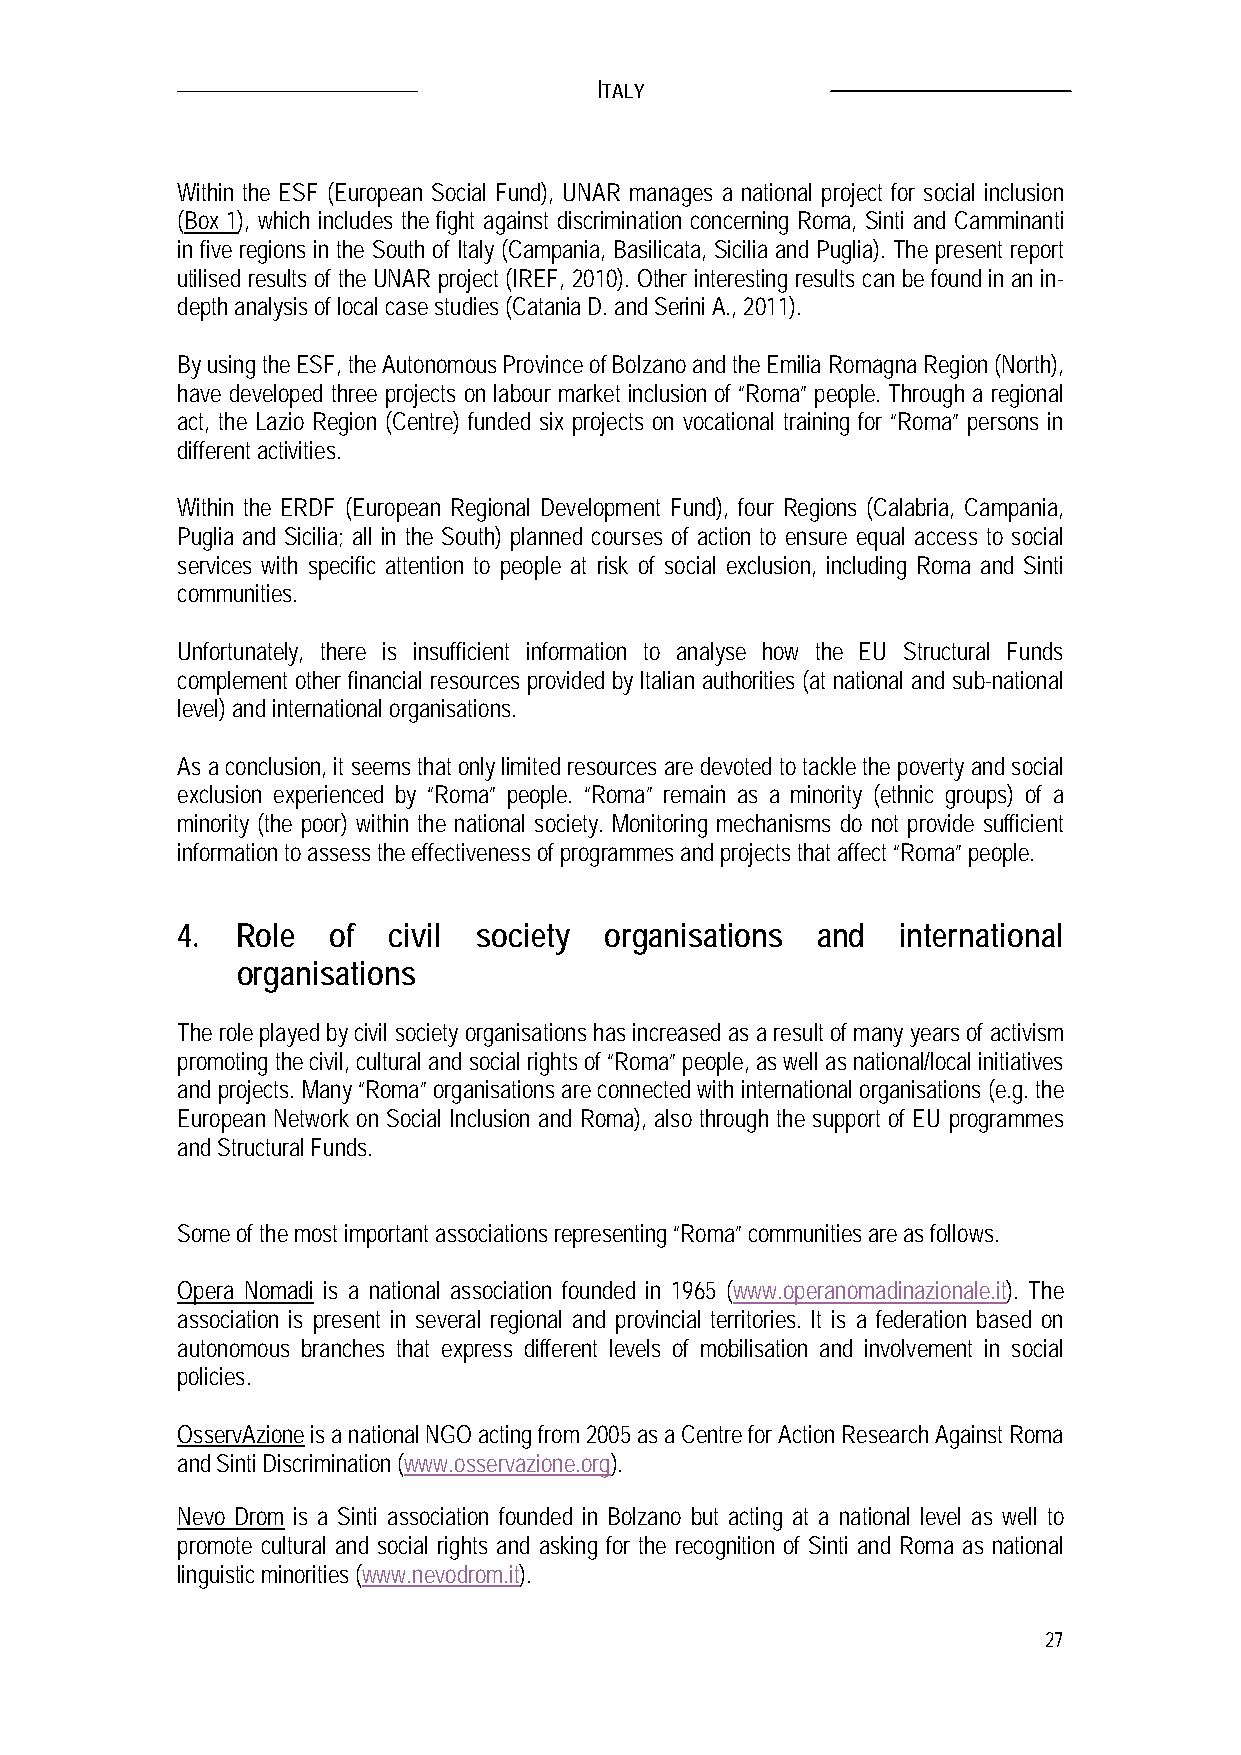
ITALY
 Within the ESF (European Social Fund), UNAR manages a national project for social inclusion
 (Box 1), which includes the fight against discrimination concerning Roma, Sinti and Camminanti
 in five regions in the South of Italy (Campania, Basilicata, Sicilia and Puglia). The present report
 utilised results of the UNAR project (IREF, 2010). Other interesting results can be found in an in-
 depth analysis of local case studies (Catania D. and Serini A., 2011).
 By using the ESF, the Autonomous Province of Bolzano and the Emilia Romagna Region (North),
 have developed three projects on labour market inclusion of “Roma” people. Through a regional
 act, the Lazio Region (Centre) funded six projects on vocational training for “Roma” persons in
 different activities.
 Within the ERDF (European Regional Development Fund), four Regions (Calabria, Campania,
 Puglia and Sicilia; all in the South) planned courses of action to ensure equal access to social
 services with specific attention to people at risk of social exclusion, including Roma and Sinti
 communities.
 Unfortunately, there is insufficient information to analyse how the EU Structural Funds
 complement other financial resources provided by Italian authorities (at national and sub-national
 level) and international organisations.
 As a conclusion, it seems that only limited resources are devoted to tackle the poverty and social
 exclusion experienced by “Roma” people. “Roma” remain as a minority (ethnic groups) of a
 minority (the poor) within the national society. Monitoring mechanisms do not provide sufficient
 information to assess the effectiveness of programmes and projects that affect “Roma” people.
 4.  Role  of  civil society organisations and   international
 organisations
 The role played by civil society organisations has increased as a result of many years of activism
 promoting the civil, cultural and social rights of “Roma” people, as well as national/local initiatives
 and projects. Many “Roma” organisations are connected with international organisations (e.g. the
 European Network on Social Inclusion and Roma), also through the support of EU programmes
 and Structural Funds.
 Some of the most important associations representing “Roma” communities are as follows.
 Opera Nomadi is a national association founded in 1965 (www.operanomadinazionale.it). The
 association is present in several regional and provincial territories. It is a federation based on
 autonomous branches that express different levels of mobilisation and involvement in social
 policies.
 OsservAzione is a national NGO acting from 2005 as a Centre for Action Research Against Roma
 and Sinti Discrimination (www.osservazione.org).
 Nevo Drom is a Sinti association founded in Bolzano but acting at a national level as well to
 promote cultural and social rights and asking for the recognition of Sinti and Roma as national
 linguistic minorities (www.nevodrom.it).
 27